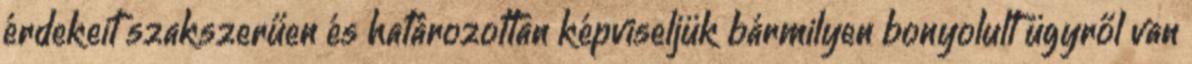
érdekeit szakszerűen és határozottan képviseljük bármilyen bonyolult ügyről van